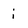
Character: i